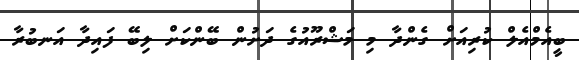
ބީއެމްއެލް ކުރިއަށް ގެންދާ މި މަޝްރޫއުގެ ދަށުން ބޭންކަށް ލިބޭ ފައިދާ އަނބުރާ